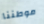
موطننا